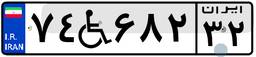
۷۴W۶۸۲۳۲